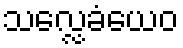
သလ္လေခံယေဝ